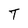
Character: T